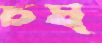
চষ্‌